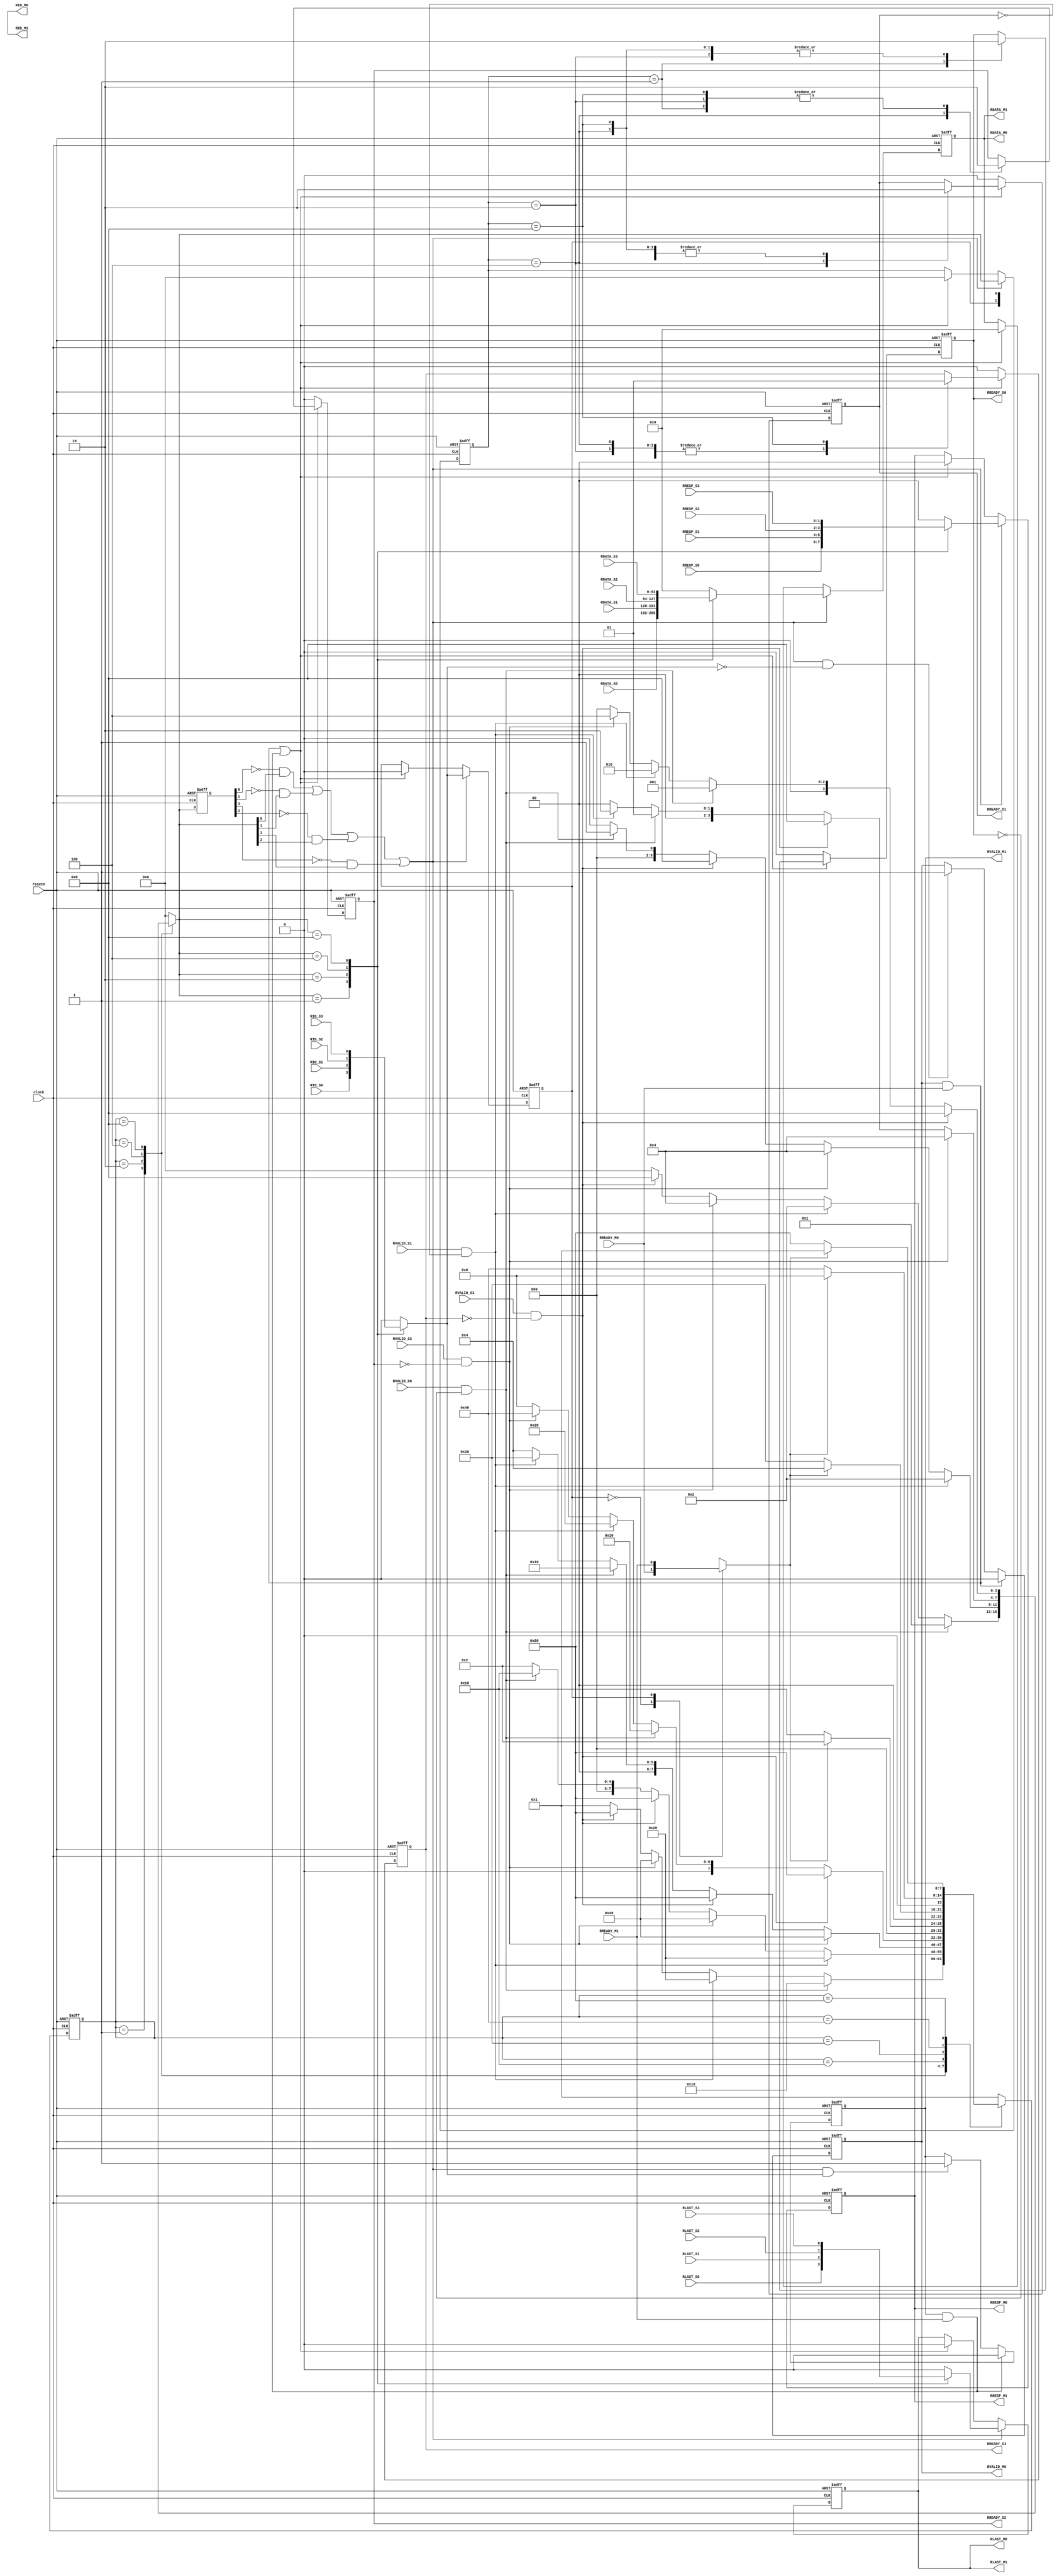
module interconnect_readDataChannel(
    // General inputs
    clock,
    resetn,
    
    // Master 0 inputs
    RREADY_M0,
    
    // Master 1 inputs
    RREADY_M1,
    
    // Slave 0 inputs
    RVALID_S0,
    RLAST_S0,
    RDATA_S0,
    RID_S0,
    RRESP_S0,

    // Slave 1 inputs
    RVALID_S1,
    RLAST_S1,
    RDATA_S1,
    RID_S1,
    RRESP_S1,
    
    // Slave 2 inputs
    RVALID_S2,
    RLAST_S2,
    RDATA_S2,
    RID_S2,
    RRESP_S2,
    
    // Slave 3 inputs
    RVALID_S3,
    RLAST_S3,
    RDATA_S3,
    RID_S3,
    RRESP_S3,
    
    // Master 0 outputs
    RVALID_M0,
    RLAST_M0,
    RDATA_M0,
    RID_M0,
    RRESP_M0,
    
    // Master 1 outputs
    RVALID_M1,
    RLAST_M1,
    RDATA_M1,
    RID_M1,
    RRESP_M1,
    
    // Slave 0 outputs
    RREADY_S0,
    
    // Slave 1 outputs
    RREADY_S1,
    
    // Slave 2 outputs
    RREADY_S2,

    // Slave 3 outputs
    RREADY_S3
);

////////////////////////////////////////////////////////////////////////////////
// Parameters
////////////////////////////////////////////////////////////////////////////////
parameter ID_WIDTH = 0;
parameter DWIDTH   = 64;

////////////////////////////////////////////////////////////////////////////////
// Port directions
////////////////////////////////////////////////////////////////////////////////
// General inputs
input                       clock;
input                       resetn;

// Master 0 inputs
input                       RREADY_M0;

// Master 1 inputs
input                       RREADY_M1;

// Slave 0 inputs
input                       RVALID_S0;
input                       RLAST_S0;
input       [DWIDTH-1:0]    RDATA_S0;
input       [ID_WIDTH:0]    RID_S0;
input       [1:0]           RRESP_S0;

// Slave 1 inputs
input                       RVALID_S1;
input                       RLAST_S1;
input       [DWIDTH-1:0]    RDATA_S1;
input       [ID_WIDTH:0]    RID_S1;
input       [1:0]           RRESP_S1;

// Slave 2 inputs
input                       RVALID_S2;
input                       RLAST_S2;
input       [DWIDTH-1:0]    RDATA_S2;
input       [ID_WIDTH:0]    RID_S2;
input       [1:0]           RRESP_S2;

// Slave 3 inputs
input                       RVALID_S3;
input                       RLAST_S3;
input       [DWIDTH-1:0]    RDATA_S3;
input       [ID_WIDTH:0]    RID_S3;
input       [1:0]           RRESP_S3;

// Master 0 outputs
output reg                  RVALID_M0;
output                      RLAST_M0;
output      [DWIDTH-1:0]    RDATA_M0;
output      [ID_WIDTH-1:0]  RID_M0;
output      [1:0]           RRESP_M0;

// Master 1 outputs
output reg                  RVALID_M1;
output                      RLAST_M1;
output      [DWIDTH-1:0]    RDATA_M1;
output      [ID_WIDTH-1:0]  RID_M1;
output      [1:0]           RRESP_M1;

// Slave 0 outputs
output reg                  RREADY_S0;

// Slave 1 outputs
output reg                  RREADY_S1;

// Slave 2 outputs
output reg                  RREADY_S2;

// Slave 3 outputs
output reg                  RREADY_S3;

////////////////////////////////////////////////////////////////////////////////
// Constants
////////////////////////////////////////////////////////////////////////////////
localparam [7:0] S0_PRI_IDLE   = 8'b00000001;
localparam [7:0] S1_PRI_IDLE   = 8'b00000010;
localparam [7:0] S2_PRI_IDLE   = 8'b00000100;
localparam [7:0] S3_PRI_IDLE   = 8'b00001000;
localparam [7:0] S0_WAIT_READY = 8'b00010000;
localparam [7:0] S1_WAIT_READY = 8'b00100000;
localparam [7:0] S2_WAIT_READY = 8'b01000000;
localparam [7:0] S3_WAIT_READY = 8'b10000000;

////////////////////////////////////////////////////////////////////////////////
// Internal signals
////////////////////////////////////////////////////////////////////////////////
reg     [3:0]               grant;
reg     [3:0]               grantPrev;
wire                        grantRE;
reg                         RREADYInt;
reg                         RVALIDInt;
reg     [DWIDTH-1:0]        RDATAInt;
reg                         RLASTInt;
reg     [ID_WIDTH:0]        RIDInt;
reg     [1:0]               RRESPInt;
reg     [DWIDTH-1:0]        RDATAOut;
reg                         RLASTOut;
reg     [ID_WIDTH:0]        RIDOut;
reg     [1:0]               RRESPOut;
reg     [7:0]               currState;
reg     [7:0]               nextState;
reg     [3:0]               grantReg;

////////////////////////////////////////////////////////////////////////////////
// grant rising edge detect
////////////////////////////////////////////////////////////////////////////////
always @ (posedge clock or negedge resetn)
    begin
        if (!resetn)
            begin
                grantPrev <= 4'b0;
            end
        else
            begin
                grantPrev <= grant;
            end
    end
assign grantRE = (!grantPrev[0] & grant[0]) || (!grantPrev[1] & grant[1])
                 || (!grantPrev[2] & grant[2]) || (!grantPrev[3] & grant[3]);

////////////////////////////////////////////////////////////////////////////////
// Grant register
////////////////////////////////////////////////////////////////////////////////
always @ (posedge clock or negedge resetn)
    begin
        if (!resetn)
            begin
                grantReg <= 4'b0;
            end
        else if (grantRE)
            begin
                grantReg <= grant;
            end
        else if ((RVALID_M0 & RREADY_M0) || (RVALID_M1 & RREADY_M1))
            begin
                grantReg <= 4'b0;
            end
    end

////////////////////////////////////////////////////////////////////////////////
// RVALID output register
////////////////////////////////////////////////////////////////////////////////
always @ (posedge clock or negedge resetn)
    begin
        if (!resetn)
            begin
                RVALID_M0 <= 1'b0;
                RVALID_M1 <= 1'b0;
            end
        else
            begin
                if (RVALID_M0 & RREADY_M0)
                    begin
                        RVALID_M0 <= 1'b0;
                    end
                else if (grantRE & !RIDInt[ID_WIDTH])
                    begin
                        RVALID_M0 <= 1'b1;
                    end
                if (RVALID_M1 & RREADY_M1)
                    begin
                        RVALID_M1 <= 1'b0;
                    end
                else if (grantRE & RIDInt[ID_WIDTH])
                    begin
                        RVALID_M1 <= 1'b1;
                    end
            end
    end

////////////////////////////////////////////////////////////////////////////////
// RREADY input mux
////////////////////////////////////////////////////////////////////////////////
always @ (*)
    begin
        case (RIDOut[ID_WIDTH])
            1'b0:
                begin
                    RREADYInt = RREADY_M0;
                end
            1'b1:
                begin
                    RREADYInt = RREADY_M1;
                end
        endcase
    end

////////////////////////////////////////////////////////////////////////////////
// RREADY output register
////////////////////////////////////////////////////////////////////////////////
always @ (posedge clock or negedge resetn)
    begin
        if (!resetn)
            begin
                RREADY_S0 = 1'b0;
                RREADY_S1 = 1'b0;
                RREADY_S2 = 1'b0;
                RREADY_S3 = 1'b0;
            end
        else
            begin
                if ((RVALID_M0 & RREADY_M0) || (RVALID_M1 & RREADY_M1))
                    begin
                        case (grantReg)
                            4'b0001:
                                begin
                                    RREADY_S0 = 1'b1;
                                    RREADY_S1 = 1'b0;
                                    RREADY_S2 = 1'b0;
                                    RREADY_S3 = 1'b0;
                                end
                            4'b0010:
                                begin
                                    RREADY_S0 = 1'b0;
                                    RREADY_S1 = 1'b1;
                                    RREADY_S2 = 1'b0;
                                    RREADY_S3 = 1'b0;
                                end
                            4'b0100:
                                begin
                                    RREADY_S0 = 1'b0;
                                    RREADY_S1 = 1'b0;
                                    RREADY_S2 = 1'b1;
                                    RREADY_S3 = 1'b0;
                                end
                            4'b1000:
                                begin
                                    RREADY_S0 = 1'b0;
                                    RREADY_S1 = 1'b0;
                                    RREADY_S2 = 1'b0;
                                    RREADY_S3 = 1'b1;
                                end
                            default:
                                begin
                                end
                        endcase
                    end
                else
                    begin
                        RREADY_S0 = 1'b0;
                        RREADY_S1 = 1'b0;
                        RREADY_S2 = 1'b0;
                        RREADY_S3 = 1'b0;
                    end
            end
    end

////////////////////////////////////////////////////////////////////////////////
// RVALID input mux
////////////////////////////////////////////////////////////////////////////////
always @ (*)
    begin
        // Default assignments
        RVALIDInt = 1'b0;
        RLASTInt  = 1'b0;
        RDATAInt  = {DWIDTH{1'b0}};
        RIDInt    = {(ID_WIDTH+1){1'b0}};
        RRESPInt  = 2'b0;
        case (grant)
            4'b0001:
                begin
                    RVALIDInt = RVALID_S0;
                    RLASTInt  = RLAST_S0;
                    RDATAInt  = RDATA_S0;
                    RIDInt    = RID_S0;
                    RRESPInt  = RRESP_S0;
                end
            4'b0010:
                begin
                    RVALIDInt = RVALID_S1;
                    RLASTInt  = RLAST_S1;
                    RDATAInt  = RDATA_S1;
                    RIDInt    = RID_S1;
                    RRESPInt  = RRESP_S1;
                end
            4'b0100:
                begin
                    RVALIDInt = RVALID_S2;
                    RLASTInt  = RLAST_S2;
                    RDATAInt  = RDATA_S2;
                    RIDInt    = RID_S2;
                    RRESPInt  = RRESP_S2;
                end
            4'b1000:
                begin
                    RVALIDInt = RVALID_S3;
                    RLASTInt  = RLAST_S3;
                    RDATAInt  = RDATA_S3;
                    RIDInt    = RID_S3;
                    RRESPInt  = RRESP_S3;
                end
            default:
                begin
                end
        endcase
    end

////////////////////////////////////////////////////////////////////////////////
// Read data register
////////////////////////////////////////////////////////////////////////////////
always @ (posedge clock or negedge resetn)
    begin
        if (!resetn)
            begin
                RLASTOut <= 1'b0;
                RDATAOut <= {DWIDTH{1'b0}};
                RIDOut   <= {(ID_WIDTH+1){1'b0}};
                RRESPOut <= 2'b0;
            end
        else
            begin
                if (grantRE)
                    begin
                        RLASTOut <= RLASTInt;
                        RDATAOut <= RDATAInt;
                        RIDOut   <= RIDInt[ID_WIDTH:0];
                        RRESPOut <= RRESPInt;
                    end
                else if ((RVALID_M0 & RREADY_M0) || (RVALID_M1 & RREADY_M1))
                    begin
                        RLASTOut <= 1'b0;
                        RDATAOut <= {DWIDTH{1'b0}};
                        RIDOut   <= {(ID_WIDTH+1){1'b0}};
                        RRESPOut <= 2'b0;
                    end
            end
    end

// Read data channel shared bus
assign RLAST_M0 = RLASTOut;
assign RLAST_M1 = RLASTOut;
assign RDATA_M0 = RDATAOut;
assign RDATA_M1 = RDATAOut;
assign RID_M0   = RIDOut[ID_WIDTH-1:0];
assign RID_M1   = RIDOut[ID_WIDTH-1:0];
assign RRESP_M0 = RRESPOut;
assign RRESP_M1 = RRESPOut;

////////////////////////////////////////////////////////////////////////////////
// Round robin arbiter
////////////////////////////////////////////////////////////////////////////////
always @ (posedge clock or negedge resetn)
    begin
        if (!resetn)
            begin
                currState <= S0_PRI_IDLE;
            end
        else
            begin
                currState <= nextState;
            end
    end

always @ (*)
    begin
        case (currState)
            S0_PRI_IDLE:
                begin
                    if (RVALID_S0 & !RREADY_S0)
                        begin
                            grant     = 4'b0001;
                            nextState = S0_WAIT_READY;
                        end
                    else if (RVALID_S1 & !RREADY_S1)
                        begin
                            grant     = 4'b0010;
                            nextState = S1_WAIT_READY;
                        end
                    else if (RVALID_S2 & !RREADY_S2)
                        begin
                            grant     = 4'b0100;
                            nextState = S2_WAIT_READY;
                        end
                    else if (RVALID_S3 & !RREADY_S3)
                        begin
                            grant     = 4'b1000;
                            nextState = S3_WAIT_READY;
                        end
                    else
                        begin
                            grant     = 4'b0000;
                            nextState = S0_PRI_IDLE;
                        end
                end
            S1_PRI_IDLE:
                begin
                    if (RVALID_S1 & !RREADY_S1)
                        begin
                            grant     = 4'b0010;
                            nextState = S1_WAIT_READY;
                        end
                    else if (RVALID_S2 & !RREADY_S2)
                        begin
                            grant     = 4'b0100;
                            nextState = S2_WAIT_READY;
                        end
                    else if (RVALID_S3 & !RREADY_S3)
                        begin
                            grant     = 4'b1000;
                            nextState = S3_WAIT_READY;
                        end
                    else if (RVALID_S0 & !RREADY_S0)
                        begin
                            grant     = 4'b0001;
                            nextState = S0_WAIT_READY;
                        end
                    else
                        begin
                            grant     = 4'b0000;
                            nextState = S1_PRI_IDLE;
                        end
                end
            S2_PRI_IDLE:
                begin
                    if (RVALID_S2 & !RREADY_S2)
                        begin
                            grant     = 4'b0100;
                            nextState = S2_WAIT_READY;
                        end
                    else if (RVALID_S3 & !RREADY_S3)
                        begin
                            grant     = 4'b1000;
                            nextState = S3_WAIT_READY;
                        end
                    else if (RVALID_S0 & !RREADY_S0)
                        begin
                            grant     = 4'b0001;
                            nextState = S0_WAIT_READY;
                        end
                    else if (RVALID_S1 & !RREADY_S1)
                        begin
                            grant     = 4'b0010;
                            nextState = S1_WAIT_READY;
                        end
                    else
                        begin
                            grant     = 4'b0000;
                            nextState = S2_PRI_IDLE;
                        end
                end
            S3_PRI_IDLE:
                begin
                    if (RVALID_S3 & !RREADY_S3)
                        begin
                            grant     = 4'b1000;
                            nextState = S3_WAIT_READY;
                        end
                    else if (RVALID_S0 & !RREADY_S0)
                        begin
                            grant     = 4'b0001;
                            nextState = S0_WAIT_READY;
                        end
                    else if (RVALID_S1 & !RREADY_S1)
                        begin
                            grant     = 4'b0010;
                            nextState = S1_WAIT_READY;
                        end
                    else if (RVALID_S2 & !RREADY_S2)
                        begin
                            grant     = 4'b0100;
                            nextState = S2_WAIT_READY;
                        end
                    else
                        begin
                            grant     = 4'b0000;
                            nextState = S3_PRI_IDLE;
                        end
                end
            S0_WAIT_READY:
                begin
                    grant = 4'b0000;
                    if (RREADYInt)
                        begin
                            nextState = S1_PRI_IDLE;
                        end
                    else
                        begin
                            nextState = S0_WAIT_READY;
                        end
                end
            S1_WAIT_READY:
                begin
                    grant = 4'b0000;
                    if (RREADYInt)
                        begin
                            nextState = S2_PRI_IDLE;
                        end
                    else
                        begin
                            nextState = S1_WAIT_READY;
                        end
                end
            S2_WAIT_READY:
                begin
                    grant = 4'b0000;
                    if (RREADYInt)
                        begin
                            nextState = S3_PRI_IDLE;
                        end
                    else
                        begin
                            nextState = S2_WAIT_READY;
                        end
                end
            S3_WAIT_READY:
                begin
                    grant = 4'b0000;
                    if (RREADYInt)
                        begin
                            nextState = S0_PRI_IDLE;
                        end
                    else
                        begin
                            nextState = S3_WAIT_READY;
                        end
                end
            default:
                begin
                    grant     = 4'b0000;
                    nextState = S0_PRI_IDLE;
                end
        endcase
    end

endmodule